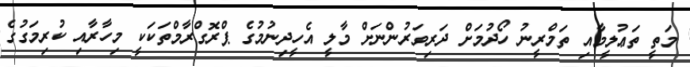
މަތީ ތަޢުލީމާއި ތަމްރީނު ހޯދުމަށް ދަރިވަރުންނަށް މާލީ އެހީދިނުމުގެ ޕްރޮގްރާމްތަކަކީ މިހާރާއި ކުރިމަގުގެ